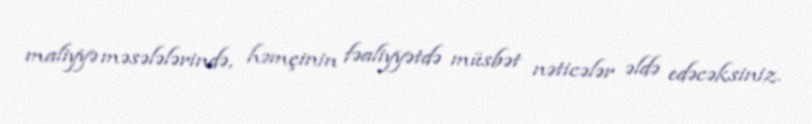
maliyyə məsələlərində, həmçinin fəaliyyətdə müsbət nəticələr əldə edəcəksiniz.